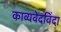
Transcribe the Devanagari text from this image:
काव्यवेदविंदा